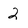
Character: 2